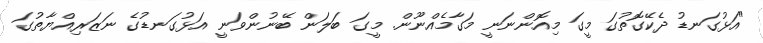
"އަޅުގަނޑު ދެކޭގޮތުގަ މީގަ މިއޮންނަނީ މަގާމެއްނޫން. މީގަ ބަލަން ބޭނުންވަނީ އަޅުގަނޑުގެ ނަޒަރިއްޔާތުގަ